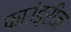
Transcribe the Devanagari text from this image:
फाउंड्रीज